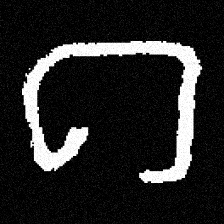
Pyu character \u2014 Myanmar letter: ဂ (romanized: ga)